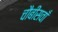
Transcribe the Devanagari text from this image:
चौबीसवाँ